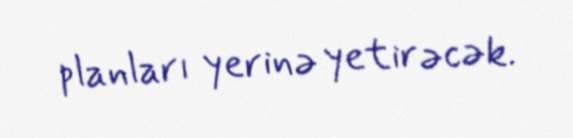
planları yerinə yetirəcək.